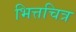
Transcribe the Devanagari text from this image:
भित्तचित्र